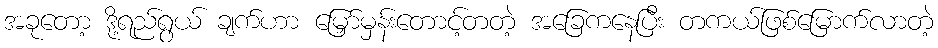
အခုတော့ ဒို့ရည်ရွယ် ချက်ဟာ မြှော်မှန်းတောင့်တတဲ့ အခြေကနေပြီး တကယ်ဖြစ်မြောက်လာတဲ့